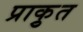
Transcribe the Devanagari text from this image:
प्राकृुत